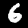
Digit: 6